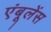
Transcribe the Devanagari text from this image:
एंबूलेंस